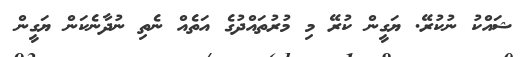
ޝައްކު ނުކުރޭ. ޔަގީން ކުރޭ މި މުރުތައްދުގެ އަތެއް ނެތި ނުދާނެކަން ޔަގީން